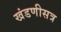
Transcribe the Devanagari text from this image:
खंडणीसत्र